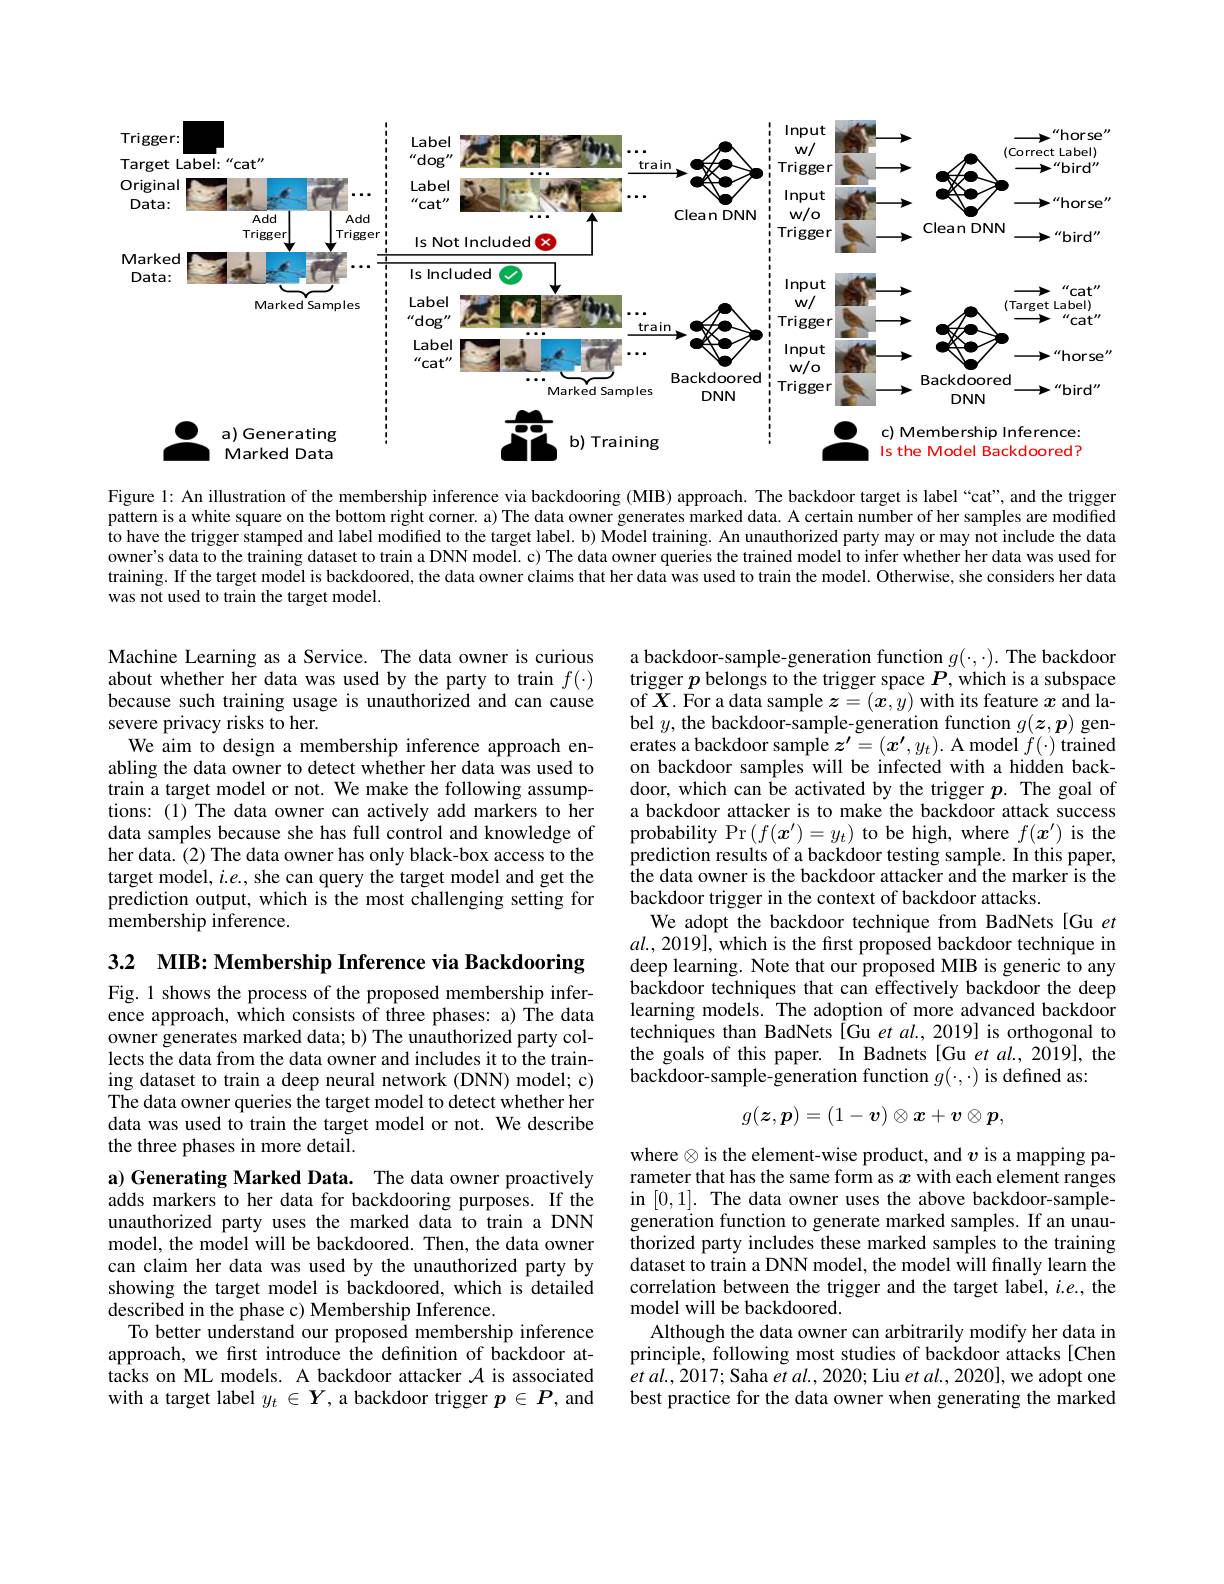
<FigureHere>

Figure 1: An illustration of the membership inference via backdooring (MIB) approach. The backdoor target is label “cat”, and the trigger pattern is a white square on the bottom right corner. a) The data owner generates marked data. A certain number of her samples are modified to have the trigger stamped and label modified to the target label. b) Model training. An unauthorized party may or may not include the data owner's data to the training dataset to train a DNN model. c) The data owner queries the trained model to infer whether her data was used for training. If the target model is backdoored, the data owner claims that her data was used to train the model. Otherwise, she considers her data was not used to train the target model.

Machine Learning as a Service. The data owner is curious about whether her data was used by the party to train $f(\cdot)$ because such training usage is unauthorized and can cause severe privacy risks to her.
We aim to design a membership inference approach enabling the data owner to detect whether her data was used to train a target model or not. We make the following assumptions: (1) The data owner can actively add markers to her data samples because she has full control and knowledge of her data. (2) The data owner has only black-box access to the target model, $i.e.$, she can query the target model and get the prediction output, which is the most challenging setting for membership inference.

a backdoor-sample-generation function $g(\cdot,\cdot).$ The backdoor trigger $p$ belongs to the trigger space $P$,which is a subspace of $X$. For a data sample $z=(x,y)$ with its feature $x$ and label $y$,the backdoor-sample-generation function $g(\boldsymbol z,\boldsymbol{p})$ generates a backdoor sample $z^\prime=(x^{\prime},y_t).$ A model $f(\cdot)$ trained on backdoor samples will be infected with a hidden backdoor, which can be activated by the trigger $p.$ The goal of a backdoor attacker is to make the backdoor attack success probability $\Pr\left(f(\boldsymbol{x}^{\prime})=y_{t}\right)$to be high, where $f(\boldsymbol x^{\prime})$ is the prediction results of a backdoor testing sample. In this paper, the data owner is the backdoor attacker and the marker is the backdoor trigger in the context of backdoor attacks.
We adopt the backdoor technique from BadNets [Gu et $al.,2019]$, which is the first proposed backdoor technique in deep learning. Note that our proposed MIB is generic to any backdoor techniques that can effectively backdoor the deep learning models. The adoption of more advanced backdoor techniques than BadNets [Gu et al., 2019] is orthogonal to the goals of this paper. In Badnets [Gu et al., 2019], the backdoor-sample-generation function $g(\cdot,\cdot)$ is defined as:

3.2 MIB: Membership Inference via Backdooring

Fig. 1 shows the process of the proposed membership inference approach, which consists of three phases: a) The data owner generates marked data; b) The unauthorized party collects the data from the data owner and includes it to the training dataset to train a deep neural network (DNN) model; c) The data owner queries the target model to detect whether her data was used to train the target model or not. We describe the three phases in more detail.
$$g(\boldsymbol{z},\boldsymbol{p})=(1-\boldsymbol{v})\otimes x+\boldsymbol{v}\otimes\boldsymbol{p},$$
where $\otimes$ is the element-wise product, and $v$ is a mapping parameter that has the same form as $x$ with each element ranges in [0,1]. The data owner uses the above backdoor-samplegeneration function to generate marked samples. If an unauthorized party includes these marked samples to the training dataset to train a DNN model, the model will fnally learn the correlation between the trigger and the target label, $i.e.$, the model will be backdoored.
Although the data owner can arbitrarily modify her data in principle, following most studies of backdoor attacks[Chen $etal.,2017;$ Saha $etal.,2020;$ Liu $etal.,2020]$, we adopt one best practice for the data owner when generating the marked

a) Generating Marked Data. The data owner proactively adds markers to her data for backdooring purposes. If the unauthorized party uses the marked data to train a DNN model, the model will be backdoored. Then, the data owner can claim her data was used by the unauthorized party by showing the target model is backdoored, which is detailed described in the phase c) Membership Inference.
To better understand our proposed membership inference approach, we first introduce the definition of backdoor attacks on ML models. A backdoor attacker $\mathcal{A}$ is associated with a target label $y_t\in\boldsymbol{Y}$, a backdoor trigger $p\in P$, and